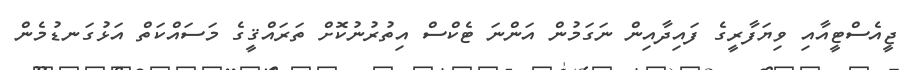
ޖީއެސްޓީއާއި ވިޔަފާރީގެ ފައިދާއިން ނަގަމުން އަންނަ ޓެކްސް އިތުރުނުކޮށް ތަރައްޤީގެ މަސައްކަތް އަޅުގަނޑުމެން